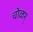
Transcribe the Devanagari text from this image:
चोळर्